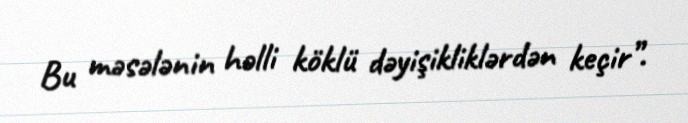
Bu məsələnin həlli köklü dəyişikliklərdən keçir”.